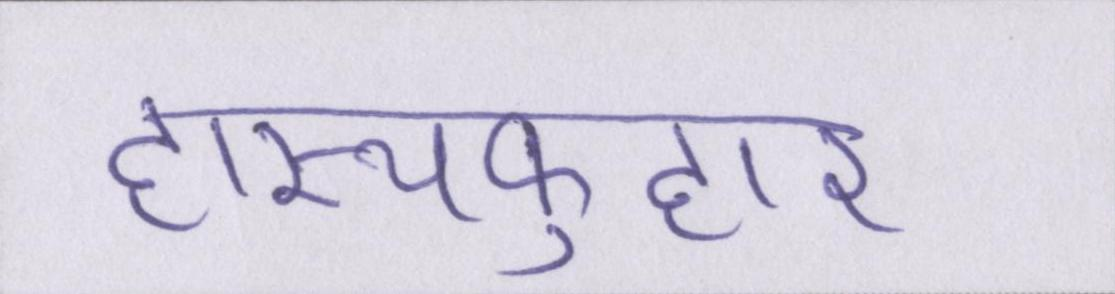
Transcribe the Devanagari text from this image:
हास्यफुहार